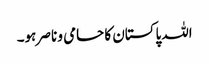
اللہ پاکستان کا حامی و ناصر ہو۔